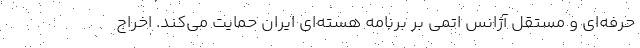
حرفه‌ای و مستقل آژانس اتمی بر برنامه هسته‌ای ایران حمایت می‌کند. اخراج